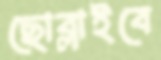
ছোব্‌লাইবে